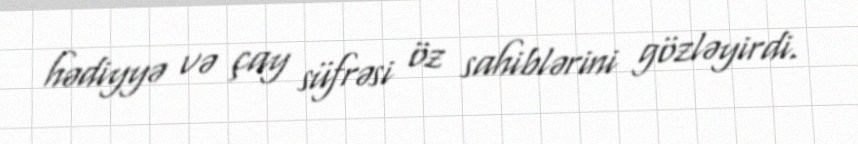
hədiyyə və çay süfrəsi öz sahiblərini gözləyirdi.